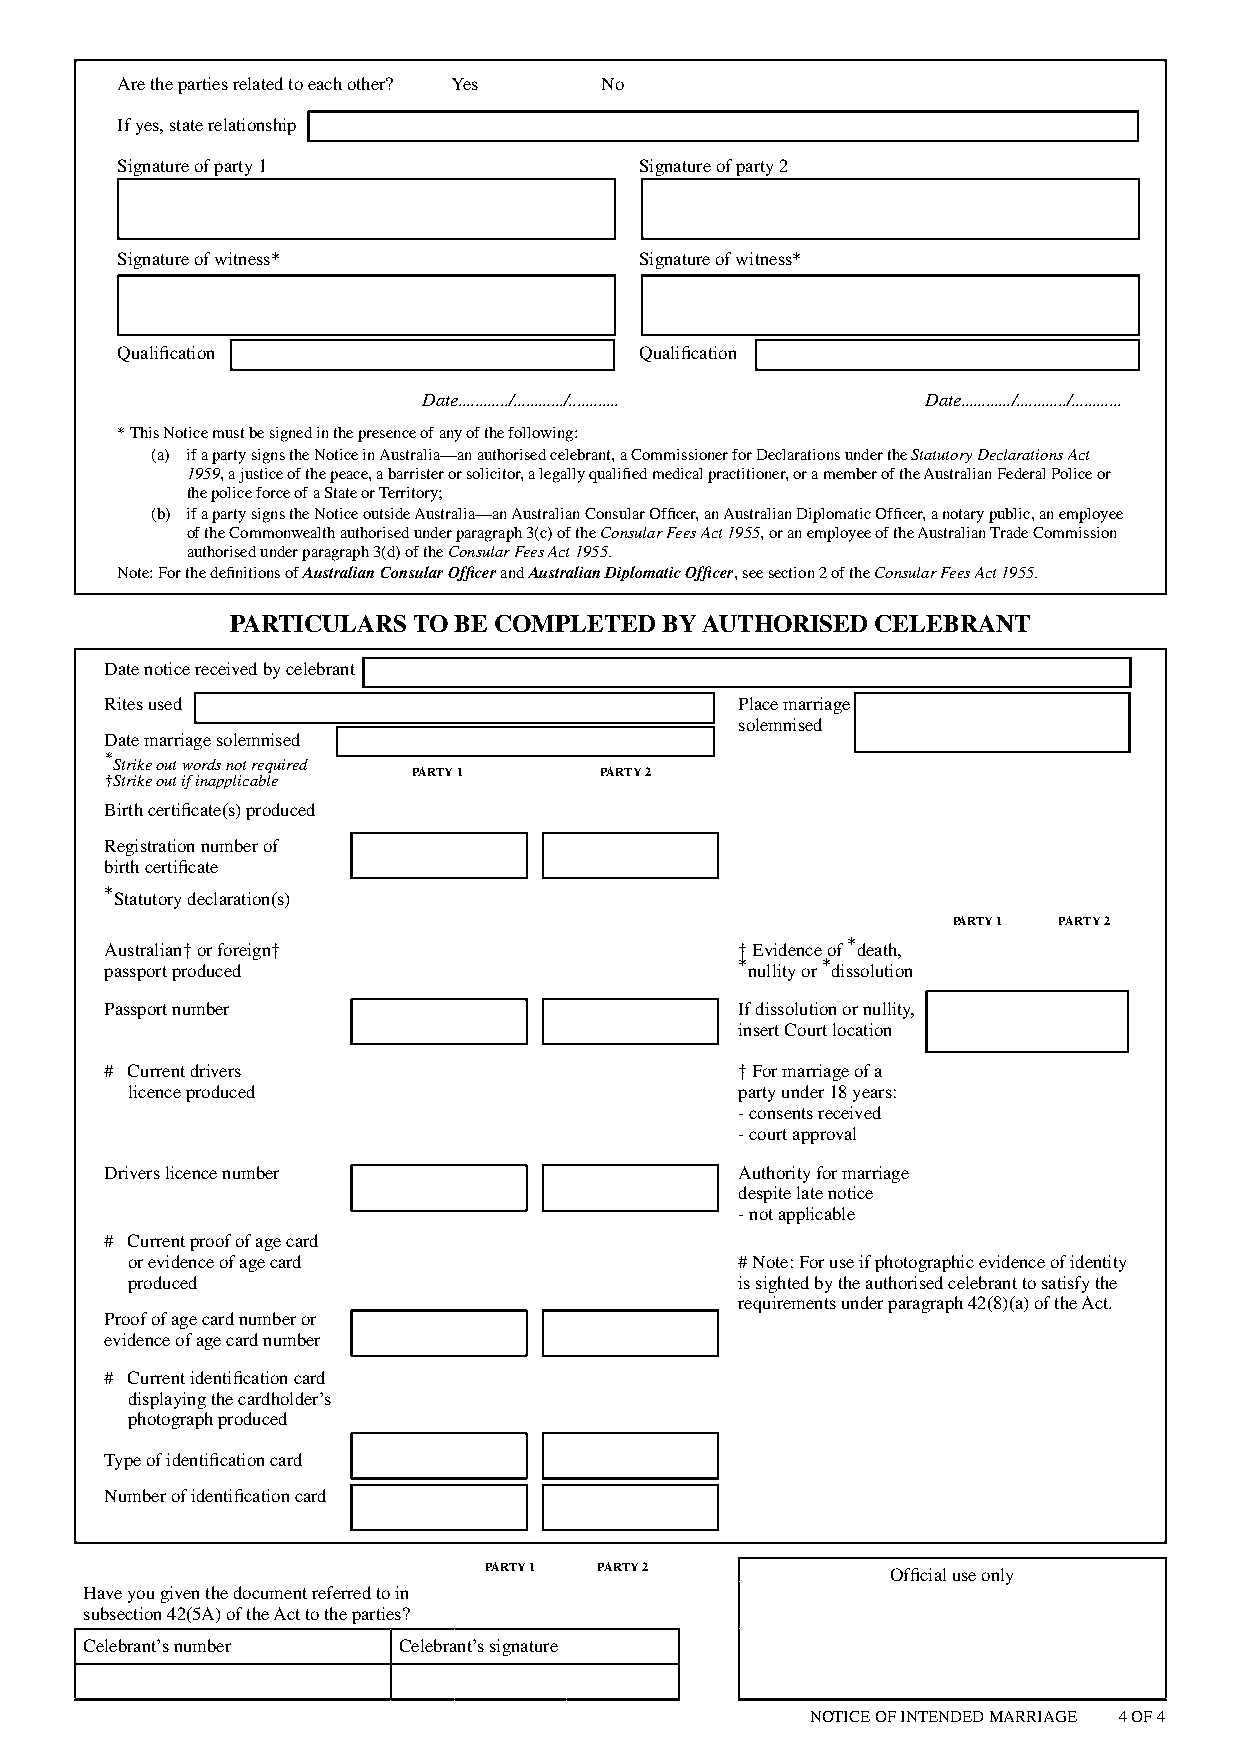
Are the parties related to each other? Yes No
 If yes, state relationship
 Signature of party 1              Signature of party 2
 Signature of witness*             Signature of witness*
 Qualification                     Qualification
 Date............/............/............ Date............/............/............
 * This Notice must be signed in the presence of any of the following:
 (a) if a party signs the Notice in Australia—an authorised celebrant, a Commissioner for Declarations under the Statutory Declarations Act
 1959, a justice of the peace, a barrister or solicitor, a legally qualified medical practitioner, or a member of the Australian Federal Police or
 the police force of a State or Territory;
 (b) if a party signs the Notice outside Australia—an Australian Consular Officer, an Australian Diplomatic Officer, a notary public, an employee
 of the Commonwealth authorised under paragraph 3(c) of the Consular Fees Act 1955, or an employee of the Australian Trade Commission
 authorised under paragraph 3(d) of the Consular Fees Act 1955.
 Note: For the definitions of Australian Consular Officer and Australian Diplomatic Officer, see section 2 of the Consular Fees Act 1955.
 PARTICULARS TO BE COMPLETED  BY AUTHORISED CELEBRANT
 Date notice received by celebrant
 Rites used                                Place marriage
 solemnised
 Date marriage solemnised
 *Strike out words not required
 PARTY 1      PARTY 2
 †Strike out if inapplicable
 Birth certificate(s) produced
 Registration number of
 birth certificate
 * Statutory declaration(s)
 PARTY 1 PARTY 2
 Australian† or foreign†                   † Evidence of *death,
 passport produced                         *nullity or *dissolution
 Passport number                           If dissolution or nullity,
 insert Court location
 # C urrent drivers                        † For marriage of a
 licence produced                         party under 18 years:
 - consents received
 - court approval
 Drivers licence number                    Authority for marriage
 despite late notice
 - not applicable
 # Current proof of age card
 or evidence of age card                  # Note: For use if photographic evidence of identity
 produced                                 is sighted by the authorised celebrant to satisfy the
 requirements under paragraph 42(8)(a) of the Act.
 Proof of age card number or
 evidence of age card number
 # C urrent identification card
 displaying the cardholder’s
 photograph produced
 Type of identification card
 Number of identification card
 PARTY 1 PARTY 2            Official use only
 Have you given the document referred to in
 subsection 42(5A) of the Act to the parties?
 Celebrant’s number  Celebrant’s signature
 NOTICE OF INTENDED MARRIAGE 4 OF 4